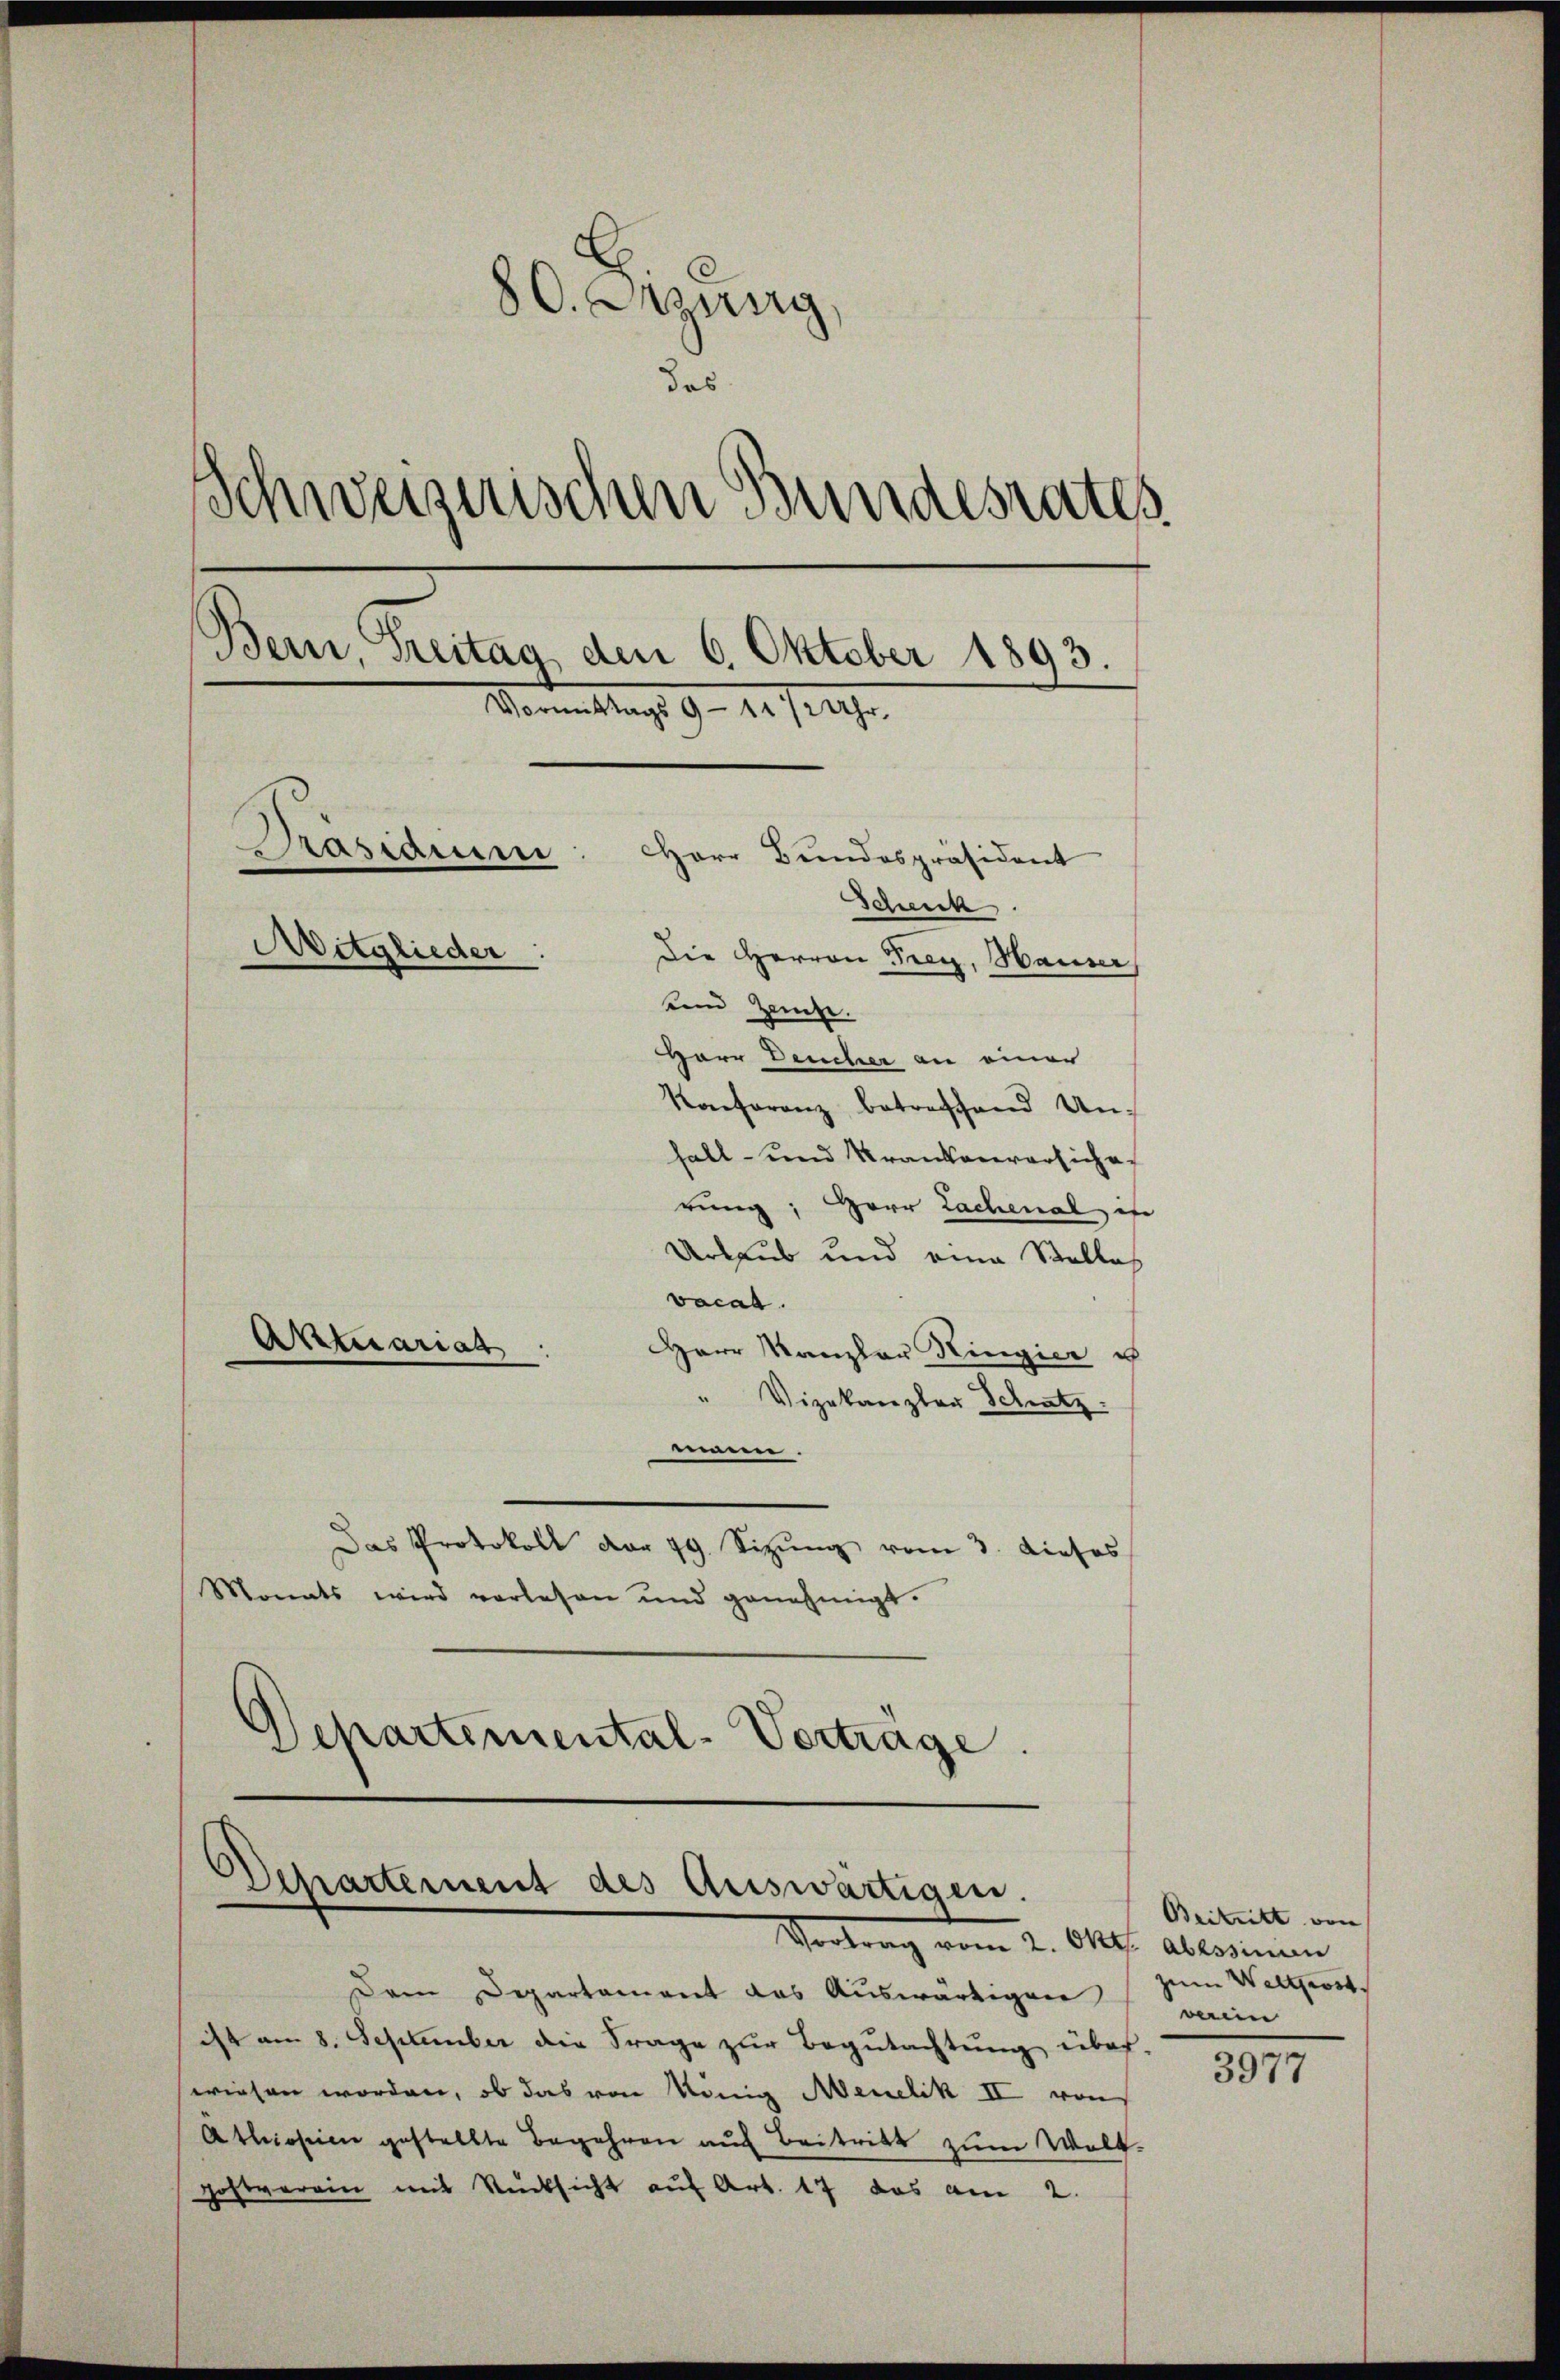
80. Sitzung,
des
Schweizerischen Bundesrates
Bern, Freitag, den 6. Oktober 1893.
Kommittags 9 - 12. 7. 19.
Pasidiu
Herr Bundespräsident
Schick
Mitglieder
Die Herren Frey, Hauser
unnd Zeite.
HHerr Deucher an einer
Konferenz betreffend Unfall- und Krankenversicher

rung, Herr Lachenal es
Urlaus und eine Stelle
vocat.
Herr Kanzler Kingier u
Vizekanzler Schatz
renne.
Das Protokoll der 79 Sizŭng vom 3. Dieses
Monats wird vorlesen und genehmigt.
Departemental-Vertrage.

Aktuariat

Departement des Auswärtigen.
Vertrag vom 2. Okt. abroinim

Dem Departement das Auswärtigen
ist am 8. September die Frage zŭr Begutachtŭng über-
wiesen worden, ob das von König Menetik II von
Athioseien gestellte Begehren auf Beitritt zum Welt-
Hohlverein mit Rücksicht auf Art. 17 das am 2.

Beitritt von
zum Weltgest.
verein

3977